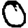
Digit: 0